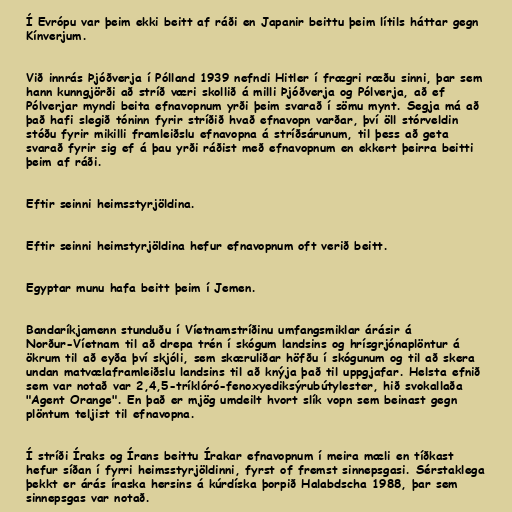
Í Evrópu var þeim ekki beitt af ráði en Japanir beittu þeim lítils háttar gegn
Kínverjum.

Við innrás Þjóðverja í Pólland 1939 nefndi Hitler í frægri ræðu sinni, þar sem
hann kunngjörði að stríð væri skollið á milli Þjóðverja og Pólverja, að ef
Pólverjar myndi beita efnavopnum yrði þeim svarað í sömu mynt. Segja má að
það hafi slegið tóninn fyrir stríðið hvað efnavopn varðar, því öll stórveldin
stóðu fyrir mikilli framleiðslu efnavopna á stríðsárunum, til þess að geta
svarað fyrir sig ef á þau yrði ráðist með efnavopnum en ekkert þeirra beitti
þeim af ráði.

Eftir seinni heimsstyrjöldina.

Eftir seinni heimstyrjöldina hefur efnavopnum oft verið beitt.

Egyptar munu hafa beitt þeim í Jemen.

Bandaríkjamenn stunduðu í Víetnamstríðinu umfangsmiklar árásir á
Norður-Víetnam til að drepa trén í skógum landsins og hrísgrjónaplöntur á
ökrum til að eyða því skjóli, sem skæruliðar höfðu í skógunum og til að skera
undan matvælaframleiðslu landsins til að knýja það til uppgjafar. Helsta efnið
sem var notað var 2,4,5-tríklóró-fenoxyediksýrubútylester, hið svokallaða
"Agent Orange". En það er mjög umdeilt hvort slík vopn sem beinast gegn
plöntum teljist til efnavopna.

Í stríði Íraks og Írans beittu Írakar efnavopnum í meira mæli en tíðkast
hefur síðan í fyrri heimsstyrjöldinni, fyrst of fremst sinnepsgasi. Sérstaklega
þekkt er árás íraska hersins á kúrdíska þorpið Halabdscha 1988, þar sem
sinnepsgas var notað.